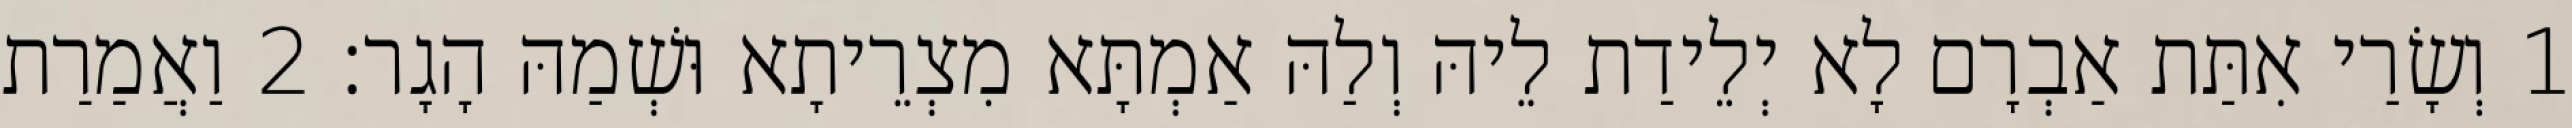
1 וְשָׂרַי אִתַּת אַבְרָם לָא יְלֵידַת לֵיהּ וְלַהּ אַמְתָּא מִצְרֵיתָא וּשְׁמַהּ הָגָר׃ 2 וַאֲמַרַת